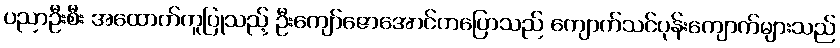
ပညာဦးစီး အထောက်ကူပြုသည့် ဦးကျော်ဇောအောင်ကပြောသည် ကျောက်သင်ပုန်းကျောက်များသည်